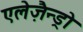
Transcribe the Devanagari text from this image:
एलेज़ैन्ड्रो